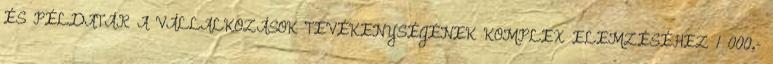
ÉS PÉLDATÁR A VÁLLALKOZÁSOK TEVÉKENYSÉGÉNEK KOMPLEX ELEMZÉSÉHEZ 1 000,-